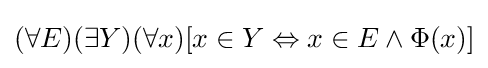
(\forall E)(\exists Y)(\forall x)[x\in Y\Leftrightarrow x\in E\land \Phi (x)]